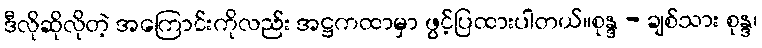
ဒီလိုဆိုလိုတဲ့ အကြောင်းကိုလည်း အဋ္ဌကထာမှာ ဖွင့်ပြထားပါတယ်။စုန္ဒ - ချစ်သား စုန္ဒ၊